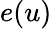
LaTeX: e(u)